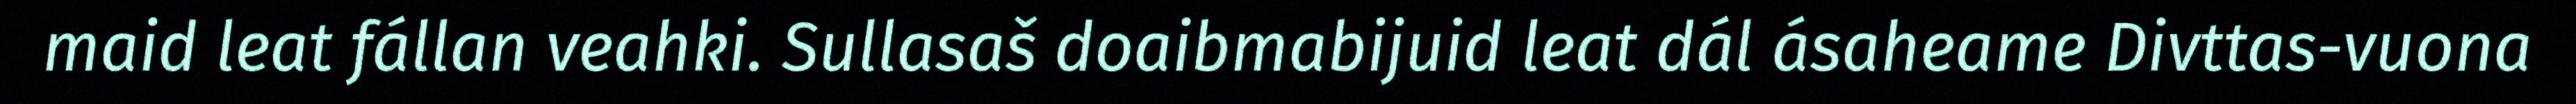
maid leat fállan veahki. Sullasaš doaibmabijuid leat dál ásaheame Divttas-vuona